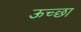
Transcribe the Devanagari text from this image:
ऊच्छा